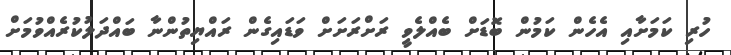
ހުރި ކަމަށާއި އެހެން ކަމުން ބޮޑަށް ބެއްލެވީ ރަށްރަށަށް ވަޑައިގެން ރައްޔިތުންނާ ބައްދަލުކުރެއްވުމަށް